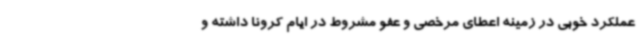
عملکرد خوبی در زمینه اعطای مرخصی و عفو مشروط در ایام کرونا داشته و